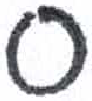
אות: ס